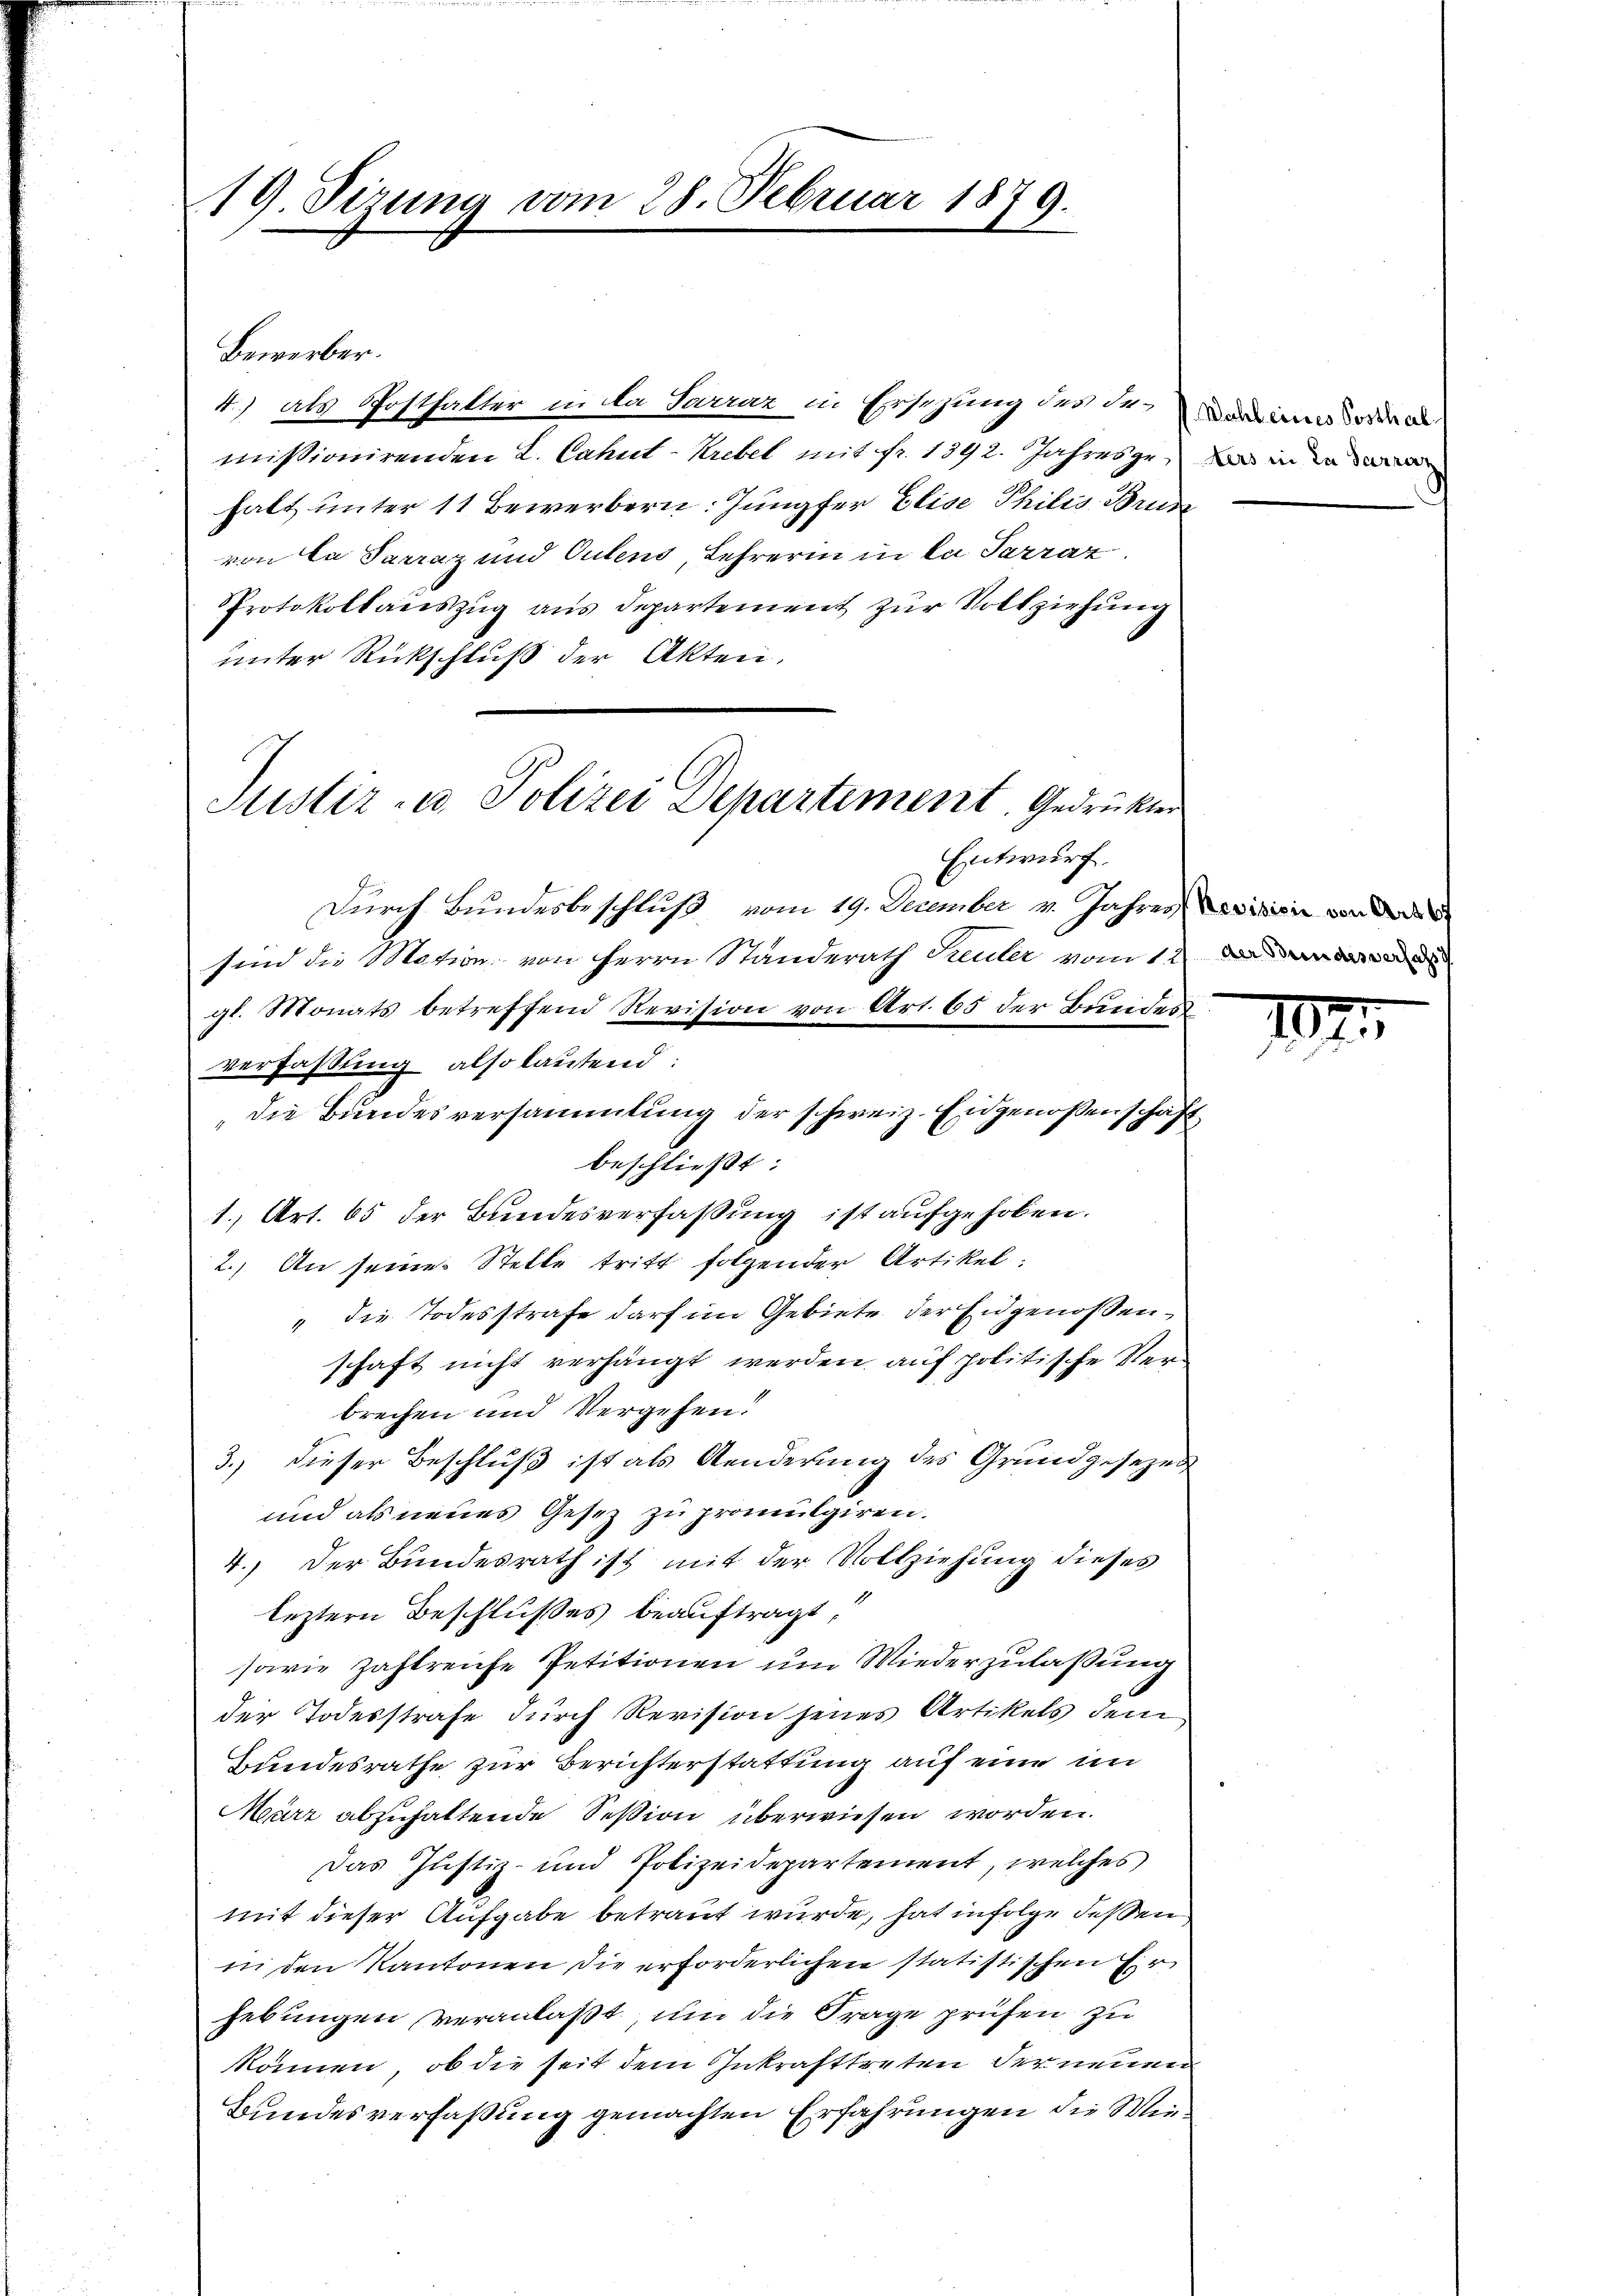
19. Sizung vom 28. Februar 1879.

Bewerber.
4) als Posthalter in da Sarraz in Ersetzung des der in de
missionirenden L. Cahut-Krebel mit fr. 1392. Jahresze, da in de
halt unter 11 Bewerbern: Jungfer Elise Philis Brude
von la Sarraz und Oulens, Lehrerin in la Sarraz.
Protokollauszug aus Departement zur Vollziehung
unter Rückschluß der Akten.
Entwurf.
Durch Bundesbeschluß vom 19. December v. Jahres Licisir von der de
sind die Mation von Herrn Standerath Seeuler vom 1.
gl. Monats betreffend Revision von Art. 65 der Beeides
verfassung also lautend:
„die Bundesversammlung der schweiz. Eidgenossenschaft
beschließt:
1. Art. 65 der Bundesverfaßung ist aufgehoben.
2.) An seine Stelle tritt folgender Artikel.
" die Todesstrafe darf im Gebiete der Eidgenossenschaft nicht verhängt werden auf politische Verbrechen und Vergehen.
3.) dieser Beschluß ist als Aenderung des Grundgesezes
und als neues Gesetz zu promulgiren.
4. Der Bundesrath ist mit der Vollziehung dieses
leztern Beschlußes beauftragt,
sowie zahlreiche Petitionen um Wiederzulaßung
der Todesstrafe durch Revision jenes Artikels dem
Bundesrathe zur Berichterstattung auf eine im
März abzuhaltende Session überwiesen worden.
Das Justiz- und Polizeidepartement, welches
mit dieser Aufgabe betraut wurde, hat infolge dessen
in den Kantonen die erforderlichen statistischen Er
hebungen veranlaßt, um die Frage prüfen zu
können, ob die seit dem Inkrafttreten der neuen
Bundesverfaßung gemachten Erfahrungen die Wie¬

Justiz- u. Polizei Departement. Gedrückter

Ien